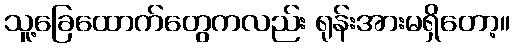
သူ့ခြေထောက်တွေကလည်း ရုန်းအားမရှိတော့။